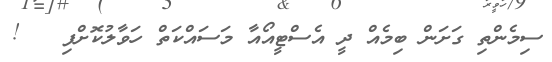
ސިމެންތި ގަށަން ބިމެއް ދީ އެސްޓީއޯއާ މަސައްކަތް ހަވާލުކޮށްފި   !